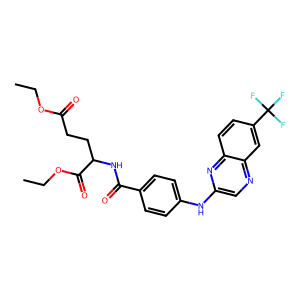
SMILES: CCOC(=O)CCC(NC(=O)c1ccc(Nc2cnc3cc(C(F)(F)F)ccc3n2)cc1)C(=O)OCC
Inhibits HIV replication: No